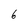
Character: 6